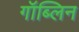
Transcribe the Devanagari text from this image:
गॉब्लिन